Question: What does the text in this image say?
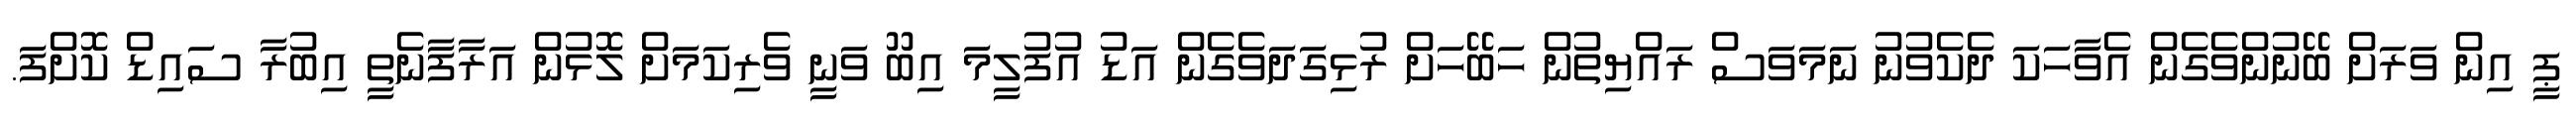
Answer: ޕީ އިން ވަރަށް ބޭނުންވެގެން އެވާހަކަ ދެކެވުނު ނަމަވަސް ރައްޔިތުން ހަބޭހަށް ރުޅިގަދަވެގެން އަޑު އުފުލީމަ އިބޫ ވަނީ ވެރިކަމަށް ލޮޅުން އަރާފާނެތީ އިބުރާ ސައިޑް ކޮށްފަ.